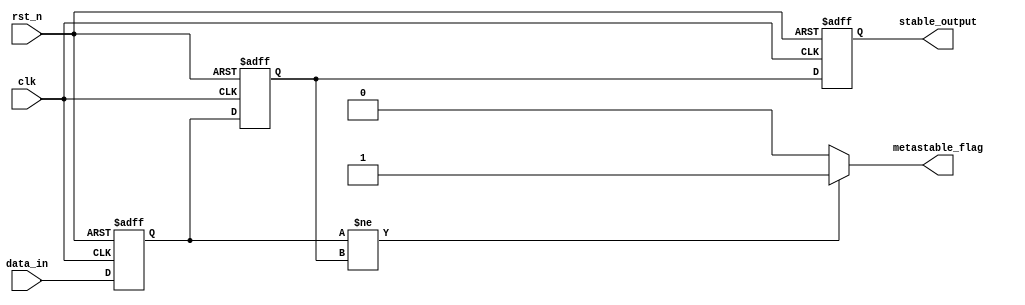
module metastability_detector (
    input wire clk,               // Clock signal
    input wire rst_n,             // Asynchronous active-low reset
    input wire data_in,           // Asynchronous input signal
    output reg metastable_flag,   // Metastability detection flag
    output reg stable_output       // Synchronized output signal
);

    // Internal signals for flip-flop outputs
    reg ff1_output;
    reg ff2_output;

    // Flip-flops for synchronizing the input signal
    always @(posedge clk or negedge rst_n) begin
        if (!rst_n) begin
            ff1_output <= 1'b0; // Reset FF1
        end else begin
            ff1_output <= data_in; // Sample data_in on clock edge
        end
    end

    always @(posedge clk or negedge rst_n) begin
        if (!rst_n) begin
            ff2_output <= 1'b0; // Reset FF2
        end else begin
            ff2_output <= ff1_output; // Sample FF1 output on clock edge
        end
    end

    // Metastability detection logic
    always @(*) begin
        if (ff1_output != ff2_output) begin
            metastable_flag = 1'b1; // Metastability detected
        end else begin
            metastable_flag = 1'b0; // No metastability
        end
    end

    // Output the stable synchronized signal
    always @(posedge clk or negedge rst_n) begin
        if (!rst_n) begin
            stable_output <= 1'b0; // Reset stable_output
        end else begin
            stable_output <= ff2_output; // Output the synchronized signal
        end
    end

endmodule